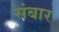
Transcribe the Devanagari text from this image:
संबार